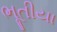
ભૂતીયા